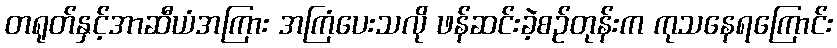
တရုတ်နှင့်အာဆီယံအကြား အကြံပေးသလို ဖန်ဆင်းခဲ့စဉ်တုန်းက ကုသနေရကြောင်း